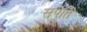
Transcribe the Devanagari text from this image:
सर्पेति